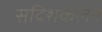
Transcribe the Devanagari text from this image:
सदिशकलन